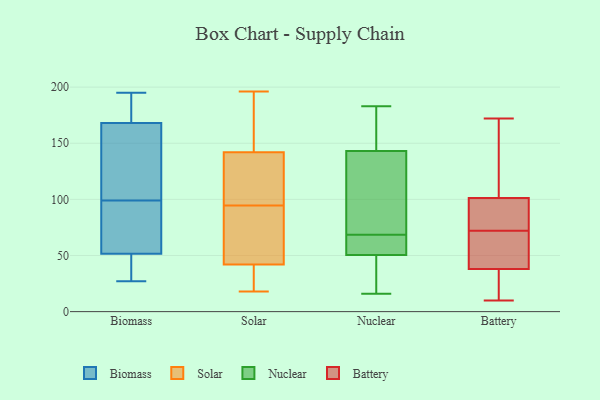
{"axis": {"x": "Production Output", "y": "Value"}, "legend": ["Battery", "Biomass", "Nuclear", "Solar"], "data": [{"x": "", "y": 51, "type": "Biomass"}, {"x": "", "y": 99, "type": "Biomass"}, {"x": "", "y": 45, "type": "Biomass"}, {"x": "", "y": 169, "type": "Biomass"}, {"x": "", "y": 53, "type": "Biomass"}, {"x": "", "y": 80, "type": "Biomass"}, {"x": "", "y": 122, "type": "Biomass"}, {"x": "", "y": 165, "type": "Biomass"}, {"x": "", "y": 181, "type": "Biomass"}, {"x": "", "y": 169, "type": "Biomass"}, {"x": "", "y": 195, "type": "Biomass"}, {"x": "", "y": 27, "type": "Biomass"}, {"x": "", "y": 85, "type": "Biomass"}, {"x": "", "y": 39, "type": "Biomass"}, {"x": "", "y": 125, "type": "Biomass"}, {"x": "", "y": 28, "type": "Solar"}, {"x": "", "y": 61, "type": "Solar"}, {"x": "", "y": 18, "type": "Solar"}, {"x": "", "y": 93, "type": "Solar"}, {"x": "", "y": 170, "type": "Solar"}, {"x": "", "y": 104, "type": "Solar"}, {"x": "", "y": 142, "type": "Solar"}, {"x": "", "y": 19, "type": "Solar"}, {"x": "", "y": 196, "type": "Solar"}, {"x": "", "y": 136, "type": "Solar"}, {"x": "", "y": 193, "type": "Solar"}, {"x": "", "y": 110, "type": "Solar"}, {"x": "", "y": 51, "type": "Solar"}, {"x": "", "y": 46, "type": "Solar"}, {"x": "", "y": 96, "type": "Solar"}, {"x": "", "y": 165, "type": "Solar"}, {"x": "", "y": 42, "type": "Solar"}, {"x": "", "y": 37, "type": "Solar"}, {"x": "", "y": 55, "type": "Nuclear"}, {"x": "", "y": 46, "type": "Nuclear"}, {"x": "", "y": 72, "type": "Nuclear"}, {"x": "", "y": 52, "type": "Nuclear"}, {"x": "", "y": 183, "type": "Nuclear"}, {"x": "", "y": 183, "type": "Nuclear"}, {"x": "", "y": 65, "type": "Nuclear"}, {"x": "", "y": 49, "type": "Nuclear"}, {"x": "", "y": 85, "type": "Nuclear"}, {"x": "", "y": 151, "type": "Nuclear"}, {"x": "", "y": 135, "type": "Nuclear"}, {"x": "", "y": 16, "type": "Nuclear"}, {"x": "", "y": 84, "type": "Battery"}, {"x": "", "y": 10, "type": "Battery"}, {"x": "", "y": 72, "type": "Battery"}, {"x": "", "y": 90, "type": "Battery"}, {"x": "", "y": 19, "type": "Battery"}, {"x": "", "y": 172, "type": "Battery"}, {"x": "", "y": 168, "type": "Battery"}, {"x": "", "y": 49, "type": "Battery"}, {"x": "", "y": 41, "type": "Battery"}, {"x": "", "y": 132, "type": "Battery"}, {"x": "", "y": 81, "type": "Battery"}, {"x": "", "y": 37, "type": "Battery"}, {"x": "", "y": 72, "type": "Battery"}, {"x": "", "y": 32, "type": "Battery"}, {"x": "", "y": 105, "type": "Battery"}]}